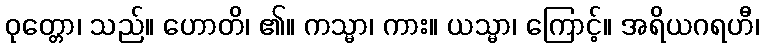
ဝုတ္တော၊ သည်။ ဟောတိ၊ ၏။ ကသ္မာ၊ ကား။ ယသ္မာ၊ ကြောင့်။ အရိယဂရဟီ၊